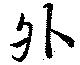
外